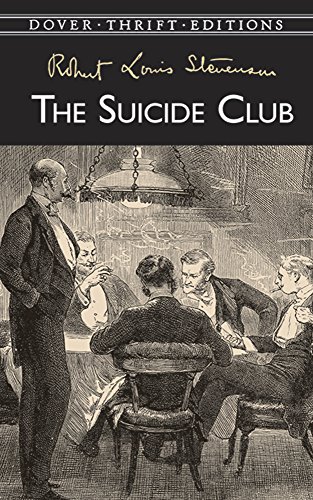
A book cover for The Suicide Club (Dover Thrift Editions); Robert Louis Stevenson; Literature & Fiction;